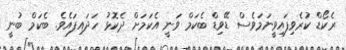
ރެކޯޑް ކުރެވިފައިވީނަމަވެސް ޑޭވިޑް ބެކަމް ވަނީ އެކަމަށް ދެކޮޅު ހަދައިފައެވެ. ބެކަމް ބުނީ